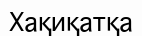
Хақиқатқа